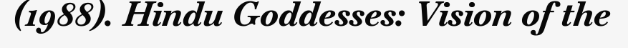
(1988). Hindu Goddesses: Vision of the